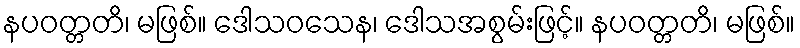
နပဝတ္တတိ၊ မဖြစ်။ ဒေါသဝသေန၊ ဒေါသအစွမ်းဖြင့်။ နပဝတ္တတိ၊ မဖြစ်။